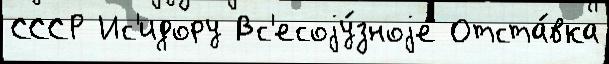
СССР Ис'идору Вс'есоjу́зноjе Отста́вка